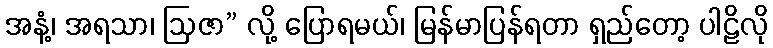
အနံ့၊ အရသာ၊ ဩဇာ” လို့ ပြောရမယ်၊ မြန်မာပြန်ရတာ ရှည်တော့ ပါဠိလို